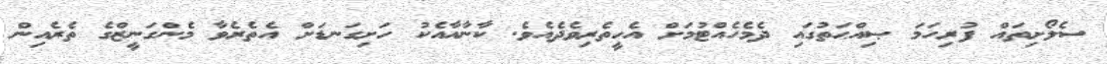
ސެލޯށިތައް ފުރިހަމަ ޞިއްޙަތުގައި ދެމެހެއްޓުމަށް އެހީތެރިވެދެއެވެ. ކާނާއާއެކު ހަށިގަނޑަށް އެތެރެވާ މެންގަނީޒްގެ ތެރެއިން